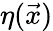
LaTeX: \eta({\vec{x}})